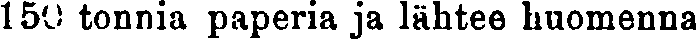
150 tonnia paperia ja lähtee huomenna